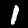
Label: 1